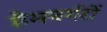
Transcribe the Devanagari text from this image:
हैमबर्गरों